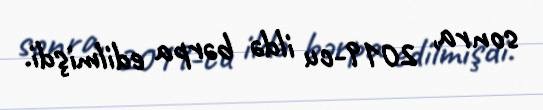
sonra, 2019-cu ildə bərpa edilmişdi.